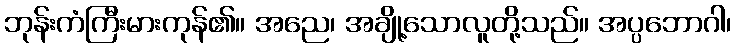
ဘုန်းကံကြီးမားကုန်၏။ အညေ၊ အချို့သောလူတို့သည်။ အပ္ပဘောဂါ၊